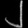
Digit: ၂